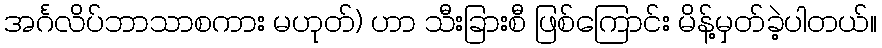
အင်္ဂလိပ်ဘာသာစကား မဟုတ်) ဟာ သီးခြားစီ ဖြစ်ကြောင်း မိန့်မှတ်ခဲ့ပါတယ်။